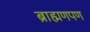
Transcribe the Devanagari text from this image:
ब्राह्मणपण